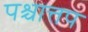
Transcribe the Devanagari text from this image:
पश्चात्तप